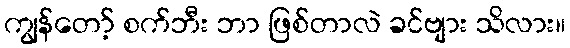
ကျွန်တော့် စက်ဘီး ဘာ ဖြစ်တာလဲ ခင်ဗျား သိလား။